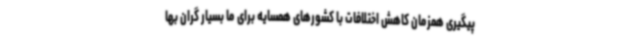
پیگیری همزمان کاهش اختلافات با کشورهای همسایه برای ما بسیار گران بها